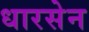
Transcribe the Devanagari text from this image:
धारसेन